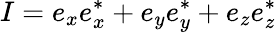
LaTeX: I=e_{x}e_{x}^{*}+e_{y}e_{y}^{*}+e_{z}e_{z}^{*}